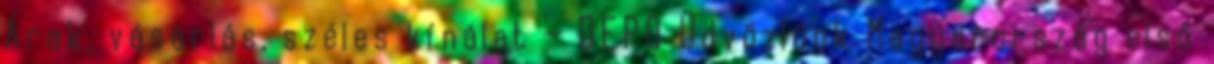
Árak, vásárlás, széles kínálat – DEPO Üdvözlünk Magyarország első